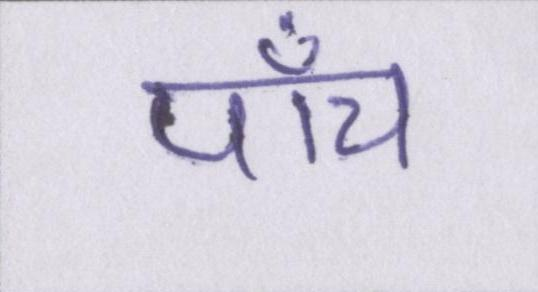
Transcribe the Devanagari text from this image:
पाँच